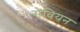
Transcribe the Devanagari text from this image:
सेवियन